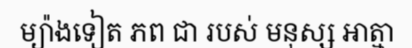
ម្យ៉ាងទៀត ភព ជា របស់ មនុស្ស អាត្មា